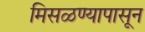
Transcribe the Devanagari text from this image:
मिसळण्यापासून